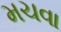
મચવા